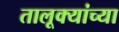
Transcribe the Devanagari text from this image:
तालूक्यांच्या